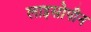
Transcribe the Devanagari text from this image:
लाइसोपीन